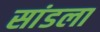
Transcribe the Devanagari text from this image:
सांडला